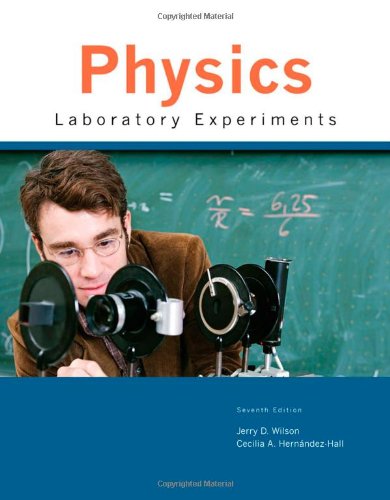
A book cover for Physics Laboratory Experiments; Jerry D. Wilson; Science & Math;